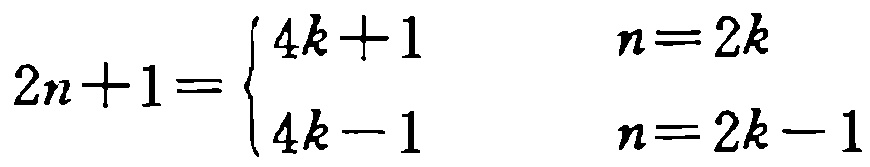
\[
2n + 1 =
\begin{cases}
4k + 1 & n = 2k \\
4k - 1 & n = 2k - 1
\end{cases}
\]